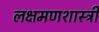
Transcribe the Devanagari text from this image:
लक्षमणशास्त्री